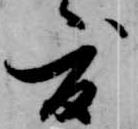
度